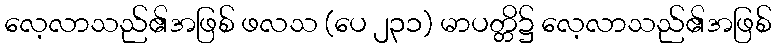
လေ့လာသည်၏အဖြစ် ဖလသ (ပေ ၂၃၁) မာပတ္တိ၌ လေ့လာသည်၏အဖြစ်